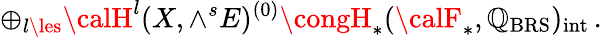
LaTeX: \oplus_{l\les}{\calH}^{l}(X,\wedge^{s}E)^{(0)}\congH_{*}({\calF}_{*},\mathbb{Q}_{\mathrm{{BRS}}})_{\mathrm{{int}}}\, .